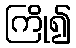
ကြို၍